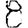
Digit: 8